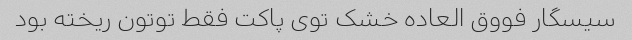
سیسگار فووق العاده خشک توی پاکت فقط توتون ریخته بود